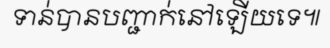
ទាន់បានបញ្ជាក់នៅឡើយទេ៕